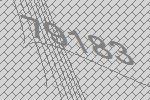
79183